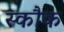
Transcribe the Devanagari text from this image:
स्कौक